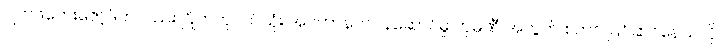
ဂျက်ဖ်ဘေးဇော့ဖ်ကလည်း ဂြိုဟ်တုငယ်သုံး အင်တာနက်ဝန်ဆောင်မှု ကုမ္ပဏီ အတွက် စတင် ပြင်ဆင်နေသလို